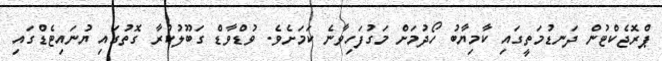
ޕްރޮޖެކްޓުން ދަނޑުމަތީގައި ކާމިޔާބު ހޯދުމަށް މަގުފަހިވާނެ ކަމަށެވެ. ވުޑްވާޑް ގަބޫލުކުރާ ގޮތުގައި ޔުނައިޓެޑްގައި